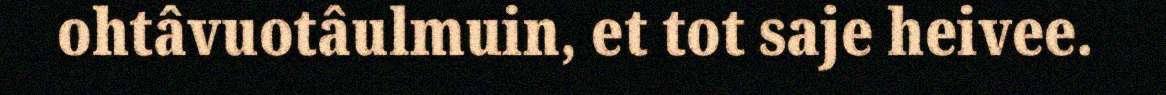
ohtâvuotâulmuin, et tot saje heivee.